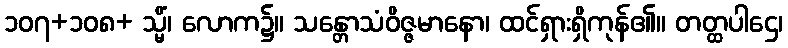
၁၀၇+၁၀၈+ သ္မိံ၊ လောက၌။ သန္တောသံဝိဇ္ဇမာနော၊ ထင်ရှားရှိကုန်၏။ တတ္ထပါဌေ၊